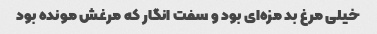
خیلی مرغ بد مزه‌ای بود و سفت انگار که مرغش مونده بود